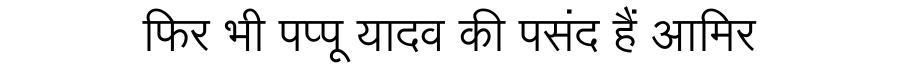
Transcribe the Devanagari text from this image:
फिर भी पप्पू यादव की पसंद हैं आमिर